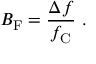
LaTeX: B _ { \mathrm { F } } = { \frac { \Delta f } { f _ { \mathrm { C } } } } \ .